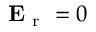
\mathbf { E } _ { \mathrm { ~ r ~ } } = 0